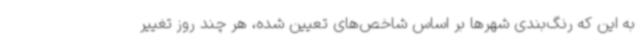
به این که رنگ‌بندی شهرها بر اساس شاخص‌های تعیین شده، هر چند روز تغییر